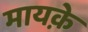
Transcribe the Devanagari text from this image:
मायक़े